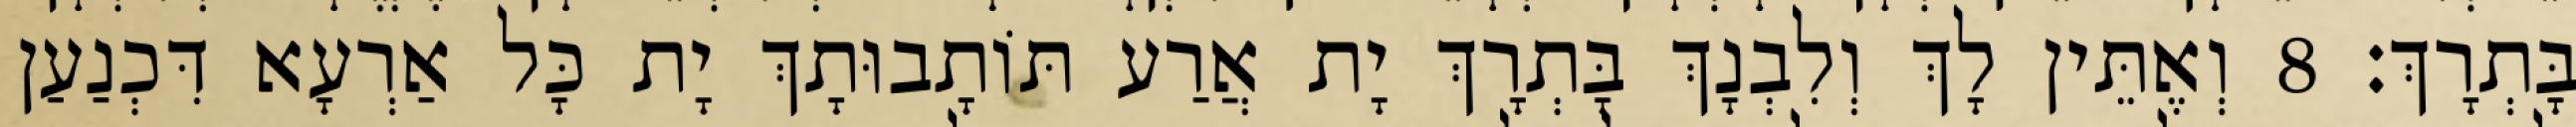
בָּתְרָךְ׃ 8 וְאֶתֵּין לָךְ וְלִבְנָךְ בָּתְרָךְ יָת אֲרַע תּוֹתָבוּתָךְ יָת כָּל אַרְעָא דִּכְנַעַן